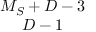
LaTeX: \begin{array} { c } { { M _ { S } + D - 3 } } \\ { { D - 1 } } \end{array}